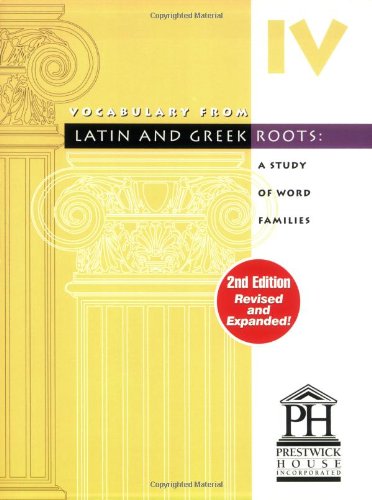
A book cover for Vocabulary from Latin and Greek Roots: Book Four; Elizabeth Osborne; Teen & Young Adult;